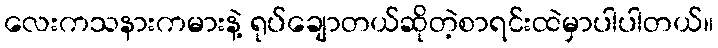
လေးကသနားကမားနဲ့ ရုပ်ချောတယ်ဆိုတဲ့စာရင်းထဲမှာပါပါတယ်။